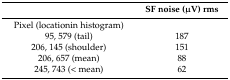
<table><thead><tr><td></td><td><b>SF noise (μV) rms</b></td></tr></thead><tbody><tr><td>Pixel (locationin histogram)</td><td></td></tr><tr><td>95, 579 (tail)</td><td>187</td></tr><tr><td>206, 145 (shoulder)</td><td>151</td></tr><tr><td>206, 657 (mean)</td><td>88</td></tr><tr><td>245, 743 (&lt; mean)</td><td>62</td></tr></tbody></table>